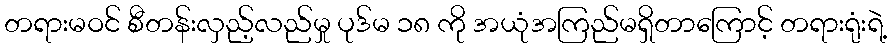
တရားမဝင် စီတန်းလှည့်လည်မှု ပုဒ်မ ၁၈ ကို အယုံအကြည်မရှိတာကြောင့် တရားရုံးရဲ့